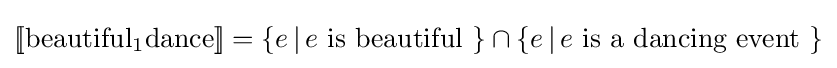
[\![{\text{beautiful}}_{1}{\text{dance}}]\!]=\{e\,|\,e{\text{ is beautiful }}\}\cap \{e\,|\,e{\text{ is a dancing event }}\}